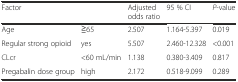
<table><thead><tr><td colspan="2"><b>Factor</b></td><td><b>Adjusted odds ratio</b></td><td><b>95 % CI</b></td><td><b><i>P</i>-value</b></td></tr></thead><tbody><tr><td>Age</td><td>≧65</td><td>2.507</td><td>1.164-5.397</td><td>0.019</td></tr><tr><td>Regular strong opioid</td><td>yes</td><td>5.507</td><td>2.460-12.328</td><td>&lt;0.001</td></tr><tr><td>CLcr</td><td>&lt;60 mL/min</td><td>1.138</td><td>0.380-3.409</td><td>0.817</td></tr><tr><td>Pregabalin dose group</td><td>high</td><td>2.172</td><td>0.518-9.099</td><td>0.289</td></tr></tbody></table>